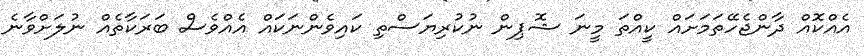
އެއްކޮއް ދާންޖެހޭތަމަށައް ކީއްތަ މީނަ ޝޮޕިން ނުކުރިޔަސްތި ކައިވެންނަކައް އެއްވެސް ބަރަކާތެއް ނުލަށްވާނެ